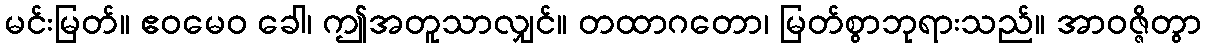
မင်းမြတ်။ ဧဝမေဝ ခေါ၊ ဤအတူသာလျှင်။ တထာဂတော၊ မြတ်စွာဘုရားသည်။ အာဝဇ္ဇိတွာ